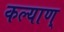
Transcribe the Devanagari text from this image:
कल्याण्